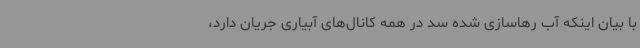
با بیان اینکه آب رهاسازی شده سد در همه کانال‌های آبیاری جریان دارد،